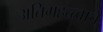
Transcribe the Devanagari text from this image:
अतिमहत्त्वाचे